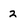
Character: 2